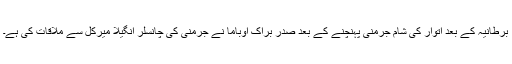
برطانیہ کے بعد اتوار کی شام جرمنی پہنچنے کے بعد صدر براک اوباما نے جرمنی کی چانسلر انگیلا میرکل سے ملاقات کی ہے۔